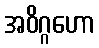
အဝိဂ္ဂဟော